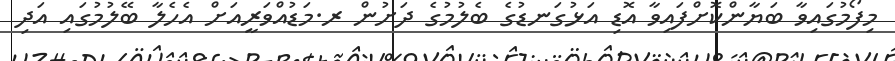
މިފޯމުގައިވާ ބަޔާންކޮށްފައިވާ އޮޑި އަޅުގަނޑުގެ ބެލުމުގެ ދަށުން ރ.މަޑުއްވަރީއަށް އެހެލާ ބޭލުމުގައި އަދި